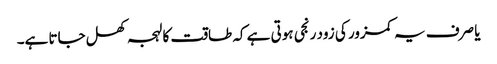
یا صرف یہ کمزور کی زود رنجی ہوتی ہے کہ طاقت کا لہجہ کھل جاتا ہے۔